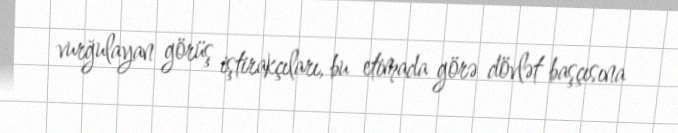
vurğulayan görüş iştirakçıları, bu etimada görə dövlət başçısına